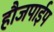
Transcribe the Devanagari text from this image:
हौजपाईप